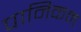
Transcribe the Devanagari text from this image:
पानिकम